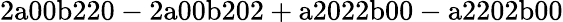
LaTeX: \mathrm{2a00b220-2a00b202+a2022b00-a2202b00}